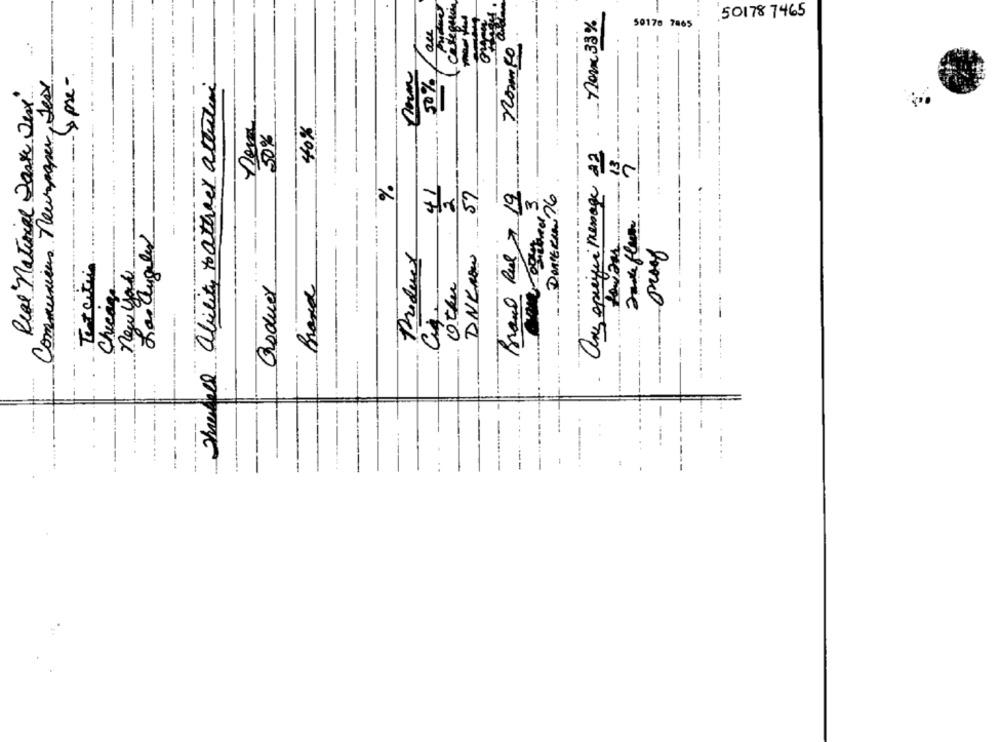
Categui
nom 33%
50178 7465
50176 7865
normes
Communieus Teurpaper, Jess
-ypre -
thefall ability to atheer attuativi
50%
Real "national Park Jex"
---..
40%
50%
One specific message 22
7.
41
59
2
Brand Rue 7 19
9 3
DORTERIN ?6
new you-
Product
DNKRow
Texcites
Chicage
Goduer
Brand